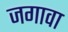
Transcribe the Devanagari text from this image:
जगावा